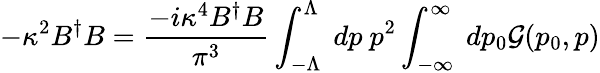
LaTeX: -\kappa^{2}B^{\dagger}B={\frac{-i\kappa^{4}B^{\dagger}B}{\pi^{3}}}\int_{-\Lambda}^{\Lambda}~dp~p^{2}\int_{-\infty}^{\infty}~dp_{0}{\cal G}(p_{0},p)